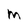
Character: m